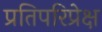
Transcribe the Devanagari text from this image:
प्रतिपरिप्रेक्ष